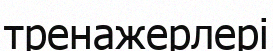
тренажерлері